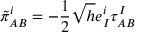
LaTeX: \tilde { \pi } _ { A B } ^ { i } = - \frac { 1 } { 2 } \sqrt { h } e _ { I } ^ { i } \tau _ { A B } ^ { I }